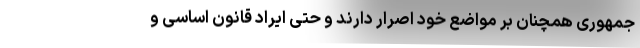
‌جمهوری همچنان بر مواضع خود اصرار دارند و حتی ایراد قانون اساسی و